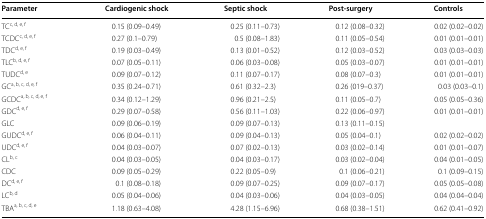
<table><thead><tr><td><b>Parameter</b></td><td><b>Cardiogenic shock</b></td><td><b>Septic shock</b></td><td><b>Post-surgery</b></td><td><b>Controls</b></td></tr></thead><tbody><tr><td>TC<sup>c, d, e, f</sup></td><td>0.15 (0.09–0.49)</td><td>0.25 (0.11–0.73)</td><td>0.12 (0.08–0.32)</td><td>0.02 (0.02–0.02)</td></tr><tr><td>TCDC<sup>c, d, e, f</sup></td><td>0.27 (0.1–0.79)</td><td>0.5 (0.08–1.83)</td><td>0.11 (0.05–0.54)</td><td>0.01 (0.01–0.01)</td></tr><tr><td>TDC<sup>d, e, f</sup></td><td>0.19 (0.03–0.49)</td><td>0.13 (0.01–0.52)</td><td>0.12 (0.03–0.52)</td><td>0.03 (0.03–0.03)</td></tr><tr><td>TLC<sup>b, d, e, f</sup></td><td>0.07 (0.05–0.11)</td><td>0.06 (0.03–0.08)</td><td>0.05 (0.03–0.07)</td><td>0.01 (0.01–0.01)</td></tr><tr><td>TUDC<sup>d, e</sup></td><td>0.09 (0.07–0.12)</td><td>0.11 (0.07–0.17)</td><td>0.08 (0.07–0.3)</td><td>0.01 (0.01–0.01)</td></tr><tr><td>GC<sup>a, b, c, d, e, f</sup></td><td>0.35 (0.24–0.71)</td><td>0.61 (0.32–2.3)</td><td>0.26 (019–0.37)</td><td>0.03 (0.03–0.1)</td></tr><tr><td>GCDC<sup>a, b, c, d, e, f</sup></td><td>0.34 (0.12–1.29)</td><td>0.96 (0.21–2.5)</td><td>0.11 (0.05–0.7)</td><td>0.05 (0.05–0.36)</td></tr><tr><td>GDC<sup>d, e, f</sup></td><td>0.29 (0.07–0.58)</td><td>0.56 (0.11–1.03)</td><td>0.22 (0.06–0.97)</td><td>0.01 (0.01–0.01)</td></tr><tr><td>GLC</td><td>0.09 (0.06–0.19)</td><td>0.09 (0.07–0.13)</td><td>0.13 (0.11–0.15)</td><td></td></tr><tr><td>GUDC<sup>d, e, f</sup></td><td>0.06 (0.04–0.11)</td><td>0.09 (0.04–0.13)</td><td>0.05 (0.04–0.1)</td><td>0.02 (0.02–0.02)</td></tr><tr><td>UDC<sup>d, e, f</sup></td><td>0.04 (0.03–0.07)</td><td>0.07 (0.02–0.13)</td><td>0.03 (0.02–0.14)</td><td>0.01 (0.01–0.07)</td></tr><tr><td>CL<sup>b, c</sup></td><td>0.04 (0.03–0.05)</td><td>0.04 (0.03–0.17)</td><td>0.03 (0.02–0.04)</td><td>0.04 (0.01–0.05)</td></tr><tr><td>CDC</td><td>0.09 (0.05–0.29)</td><td>0.22 (0.05–0.9)</td><td>0.1 (0.06–0.21)</td><td>0.1 (0.09–0.15)</td></tr><tr><td>DC<sup>d, e, f</sup></td><td>0.1 (0.08–0.18)</td><td>0.09 (0.07–0.25)</td><td>0.09 (0.07–0.17)</td><td>0.05 (0.05–0.08)</td></tr><tr><td>LC<sup>b, d</sup></td><td>0.05 (0.04–0.06)</td><td>0.04 (0.03–0.06)</td><td>0.04 (0.03–0.05)</td><td>0.04 (0.04–0.04)</td></tr><tr><td>TBA<sup>a, b, c, d, e</sup></td><td>1.18 (0.63–4.08)</td><td>4.28 (1.15–6.96)</td><td>0.68 (0.38–1.51)</td><td>0.62 (0.41–0.92)</td></tr></tbody></table>